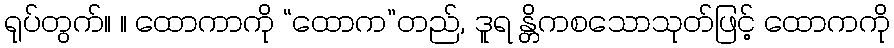
ရုပ်တွက်။ ။ ထောကာကို “ထောက”တည်, ဒူရ န္တိကစသောသုတ်ဖြင့် ထောကကို